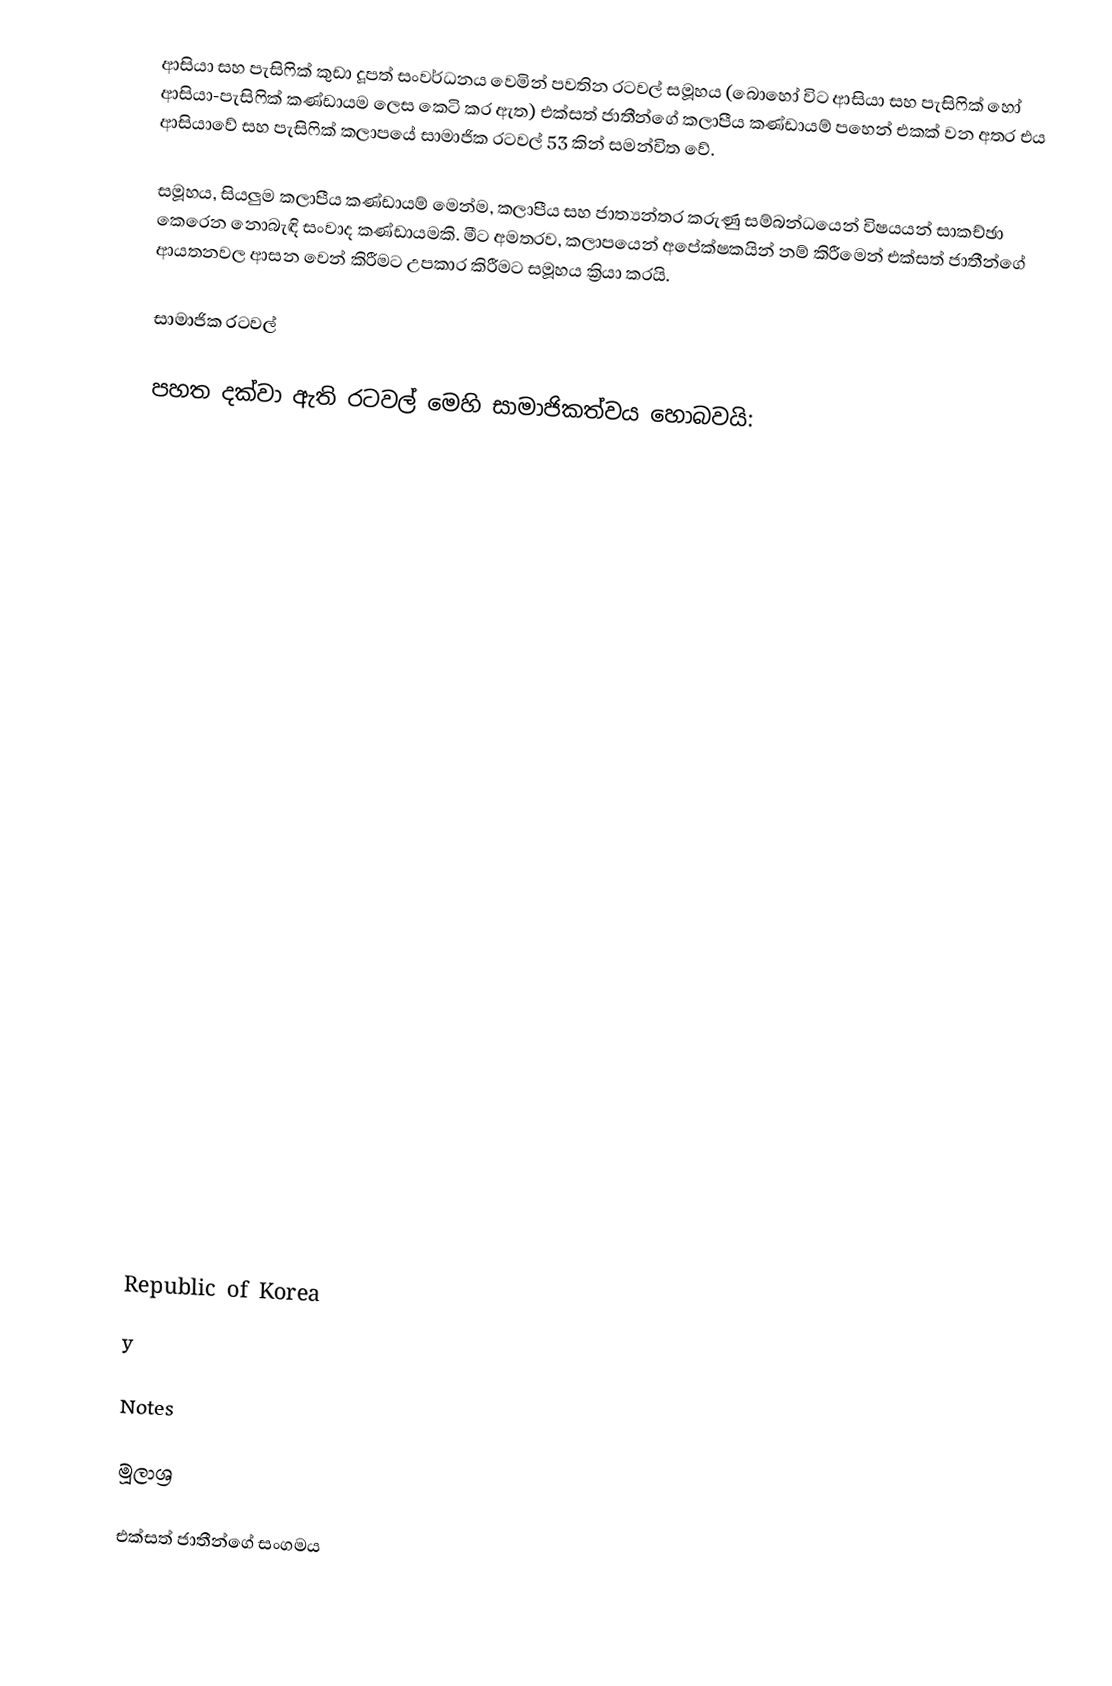
ආසියා සහ පැසිෆික් කුඩා දූපත් සංවර්ධනය වෙමින් පවතින රටවල් සමූහය (බොහෝ විට ආසියා සහ පැසිෆික් හෝ ආසියා-පැසිෆික් කණ්ඩායම ලෙස කෙටි කර ඇත) එක්සත් ජාතීන්ගේ කලාපීය කණ්ඩායම් පහෙන් එකක් වන අතර එය ආසියාවේ සහ පැසිෆික් කලාපයේ සාමාජික රටවල් 53 කින් සමන්විත වේ.

සමූහය, සියලුම කලාපීය කණ්ඩායම් මෙන්ම, කලාපීය සහ ජාත්‍යන්තර කරුණු සම්බන්ධයෙන් විෂයයන් සාකච්ඡා කෙරෙන නොබැඳි සංවාද කණ්ඩායමකි. මීට අමතරව, කලාපයෙන් අපේක්ෂකයින් නම් කිරීමෙන් එක්සත් ජාතීන්ගේ ආයතනවල ආසන වෙන් කිරීමට උපකාර කිරීමට සමූහය ක්‍රියා කරයි.

සාමාජික රටවල්

පහත දක්වා ඇති රටවල් මෙහි සාමාජිකත්වය හොබවයි:

  Republic of Korea
 y

Notes

මූලාශ්‍ර

එක්සත් ජාතීන්ගේ සංගමය